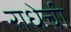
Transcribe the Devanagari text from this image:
राधेची